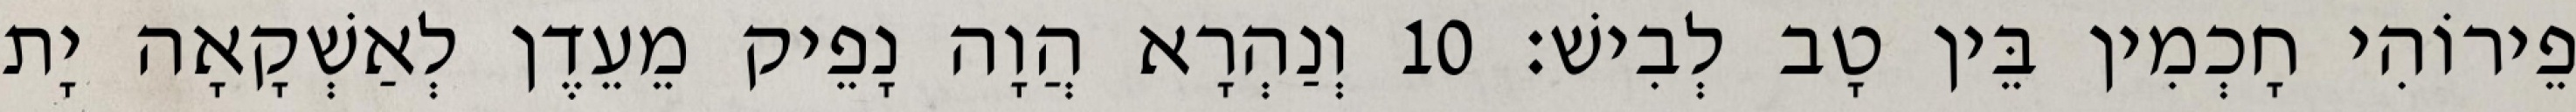
פֵירוֹהִי חָכְמִין בֵּין טָב לְבִישׁ׃ 10 וְנַהְרָא הֲוָה נָפֵיק מֵעֵדֶן לְאַשְׁקָאָה יָת